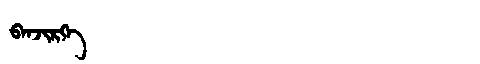
Manchu: ᠪᠠᠨᠵᡳᡵᡴᡝ
Romanization: BANJIRKE